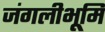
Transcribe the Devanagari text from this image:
जंगलीभूमि